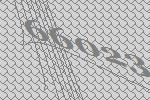
66023